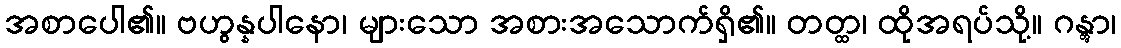
အစာပေါ၏။ ဗဟွန္နပါနော၊ များသော အစားအသောက်ရှိ၏။ တတ္ထ၊ ထိုအရပ်သို့။ ဂန္တွာ၊